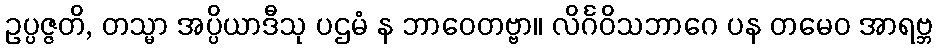
ဥပ္ပဇ္ဇတိ, တသ္မာ အပ္ပိယာဒီသု ပဌမံ န ဘာဝေတဗ္ဗာ။ လိင်္ဂဝိသဘာဂေ ပန တမေဝ အာရဗ္ဘ